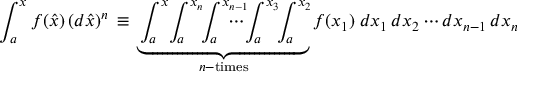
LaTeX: \int _ { a } ^ { x } f ( \hat { x } ) \, ( d \hat { x } ) ^ { n } \, \equiv \, \underbrace { \int _ { \! a } ^ { x } \! \int _ { \! a } ^ { x _ { n } } \! \! \int _ { \! a } ^ { x _ { n - 1 } } \! \! \! \! \! \! \! \! \cdots \! \int _ { \! a } ^ { x _ { 3 } } \! \! \int _ { \! a } ^ { x _ { 2 } } \! } _ { n \mathrm { \footnotesize - t i m e s } } f ( x _ { 1 } ) \; d x _ { 1 } \, d x _ { 2 } \cdots d x _ { n - 1 } \, d x _ { n }